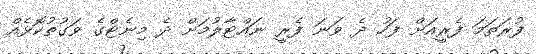
ފުރަތަމަ ފެރީއަށް ފަހު ދެ ވަނަ ފެރީ ނައްޓާލުމަށް ދެ މިނެޓްގެ ވަގުތުކޮޅެއް